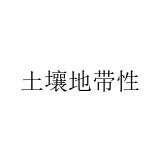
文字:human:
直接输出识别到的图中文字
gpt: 土壤地带性